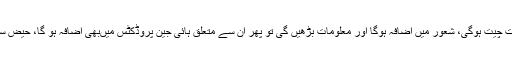
اگر اس موضوع پر سے متعلق بات چیت ہوگی، شعور میں‌ اضافہ ہوگا اور معلومات بڑھیں‌ گی تو پھر ان سے متعلق ہائی جین پروڈکٹس میں‌بھی اضافہ ہو گا، حیض سے متعلق بہتر دوائیاں‌بن سکیں‌گی۔